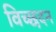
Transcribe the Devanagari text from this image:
विच्छदन